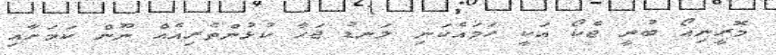
މޮރީނިއޯ ބުނީ ޖެކޯ އަކީ ހަމައެކަނި ލަނޑު ޖަހާ ކުޅުންތެރިއެއް ނޫން ކަމަށާއި